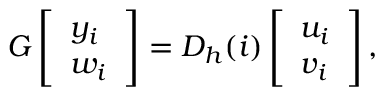
G \left[ \begin{array} { l } { y _ { i } } \\ { w _ { i } } \end{array} \right] = D _ { h } ( i ) \left[ \begin{array} { l } { u _ { i } } \\ { v _ { i } } \end{array} \right] ,